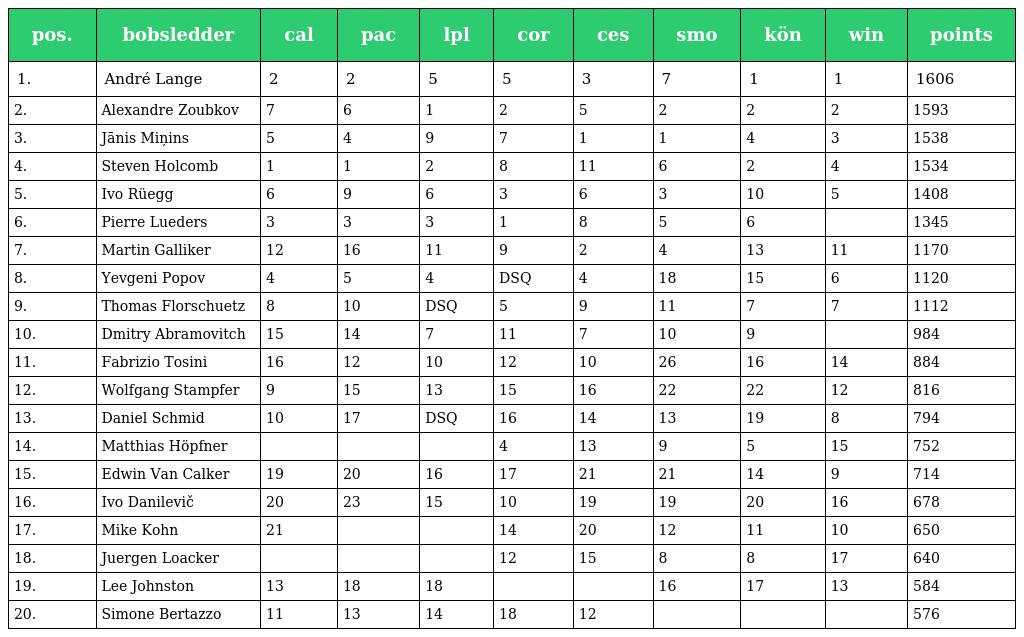
| pos. | bobsledder | cal | pac | lpl | cor | ces | smo | kön | win | points |
 | --- | --- | --- | --- | --- | --- | --- | --- | --- | --- | --- |
 | 1. | André Lange | 2 | 2 | 5 | 5 | 3 | 7 | 1 | 1 | 1606 |
 | 2. | Alexandre Zoubkov | 7 | 6 | 1 | 2 | 5 | 2 | 2 | 2 | 1593 |
 | 3. | Jānis Miņins | 5 | 4 | 9 | 7 | 1 | 1 | 4 | 3 | 1538 |
 | 4. | Steven Holcomb | 1 | 1 | 2 | 8 | 11 | 6 | 2 | 4 | 1534 |
 | 5. | Ivo Rüegg | 6 | 9 | 6 | 3 | 6 | 3 | 10 | 5 | 1408 |
 | 6. | Pierre Lueders | 3 | 3 | 3 | 1 | 8 | 5 | 6 |  | 1345 |
 | 7. | Martin Galliker | 12 | 16 | 11 | 9 | 2 | 4 | 13 | 11 | 1170 |
 | 8. | Yevgeni Popov | 4 | 5 | 4 | DSQ | 4 | 18 | 15 | 6 | 1120 |
 | 9. | Thomas Florschuetz | 8 | 10 | DSQ | 5 | 9 | 11 | 7 | 7 | 1112 |
 | 10. | Dmitry Abramovitch | 15 | 14 | 7 | 11 | 7 | 10 | 9 |  | 984 |
 | 11. | Fabrizio Tosini | 16 | 12 | 10 | 12 | 10 | 26 | 16 | 14 | 884 |
 | 12. | Wolfgang Stampfer | 9 | 15 | 13 | 15 | 16 | 22 | 22 | 12 | 816 |
 | 13. | Daniel Schmid | 10 | 17 | DSQ | 16 | 14 | 13 | 19 | 8 | 794 |
 | 14. | Matthias Höpfner |  |  |  | 4 | 13 | 9 | 5 | 15 | 752 |
 | 15. | Edwin Van Calker | 19 | 20 | 16 | 17 | 21 | 21 | 14 | 9 | 714 |
 | 16. | Ivo Danilevič | 20 | 23 | 15 | 10 | 19 | 19 | 20 | 16 | 678 |
 | 17. | Mike Kohn | 21 |  |  | 14 | 20 | 12 | 11 | 10 | 650 |
 | 18. | Juergen Loacker |  |  |  | 12 | 15 | 8 | 8 | 17 | 640 |
 | 19. | Lee Johnston | 13 | 18 | 18 |  |  | 16 | 17 | 13 | 584 |
 | 20. | Simone Bertazzo | 11 | 13 | 14 | 18 | 12 |  |  |  | 576 |